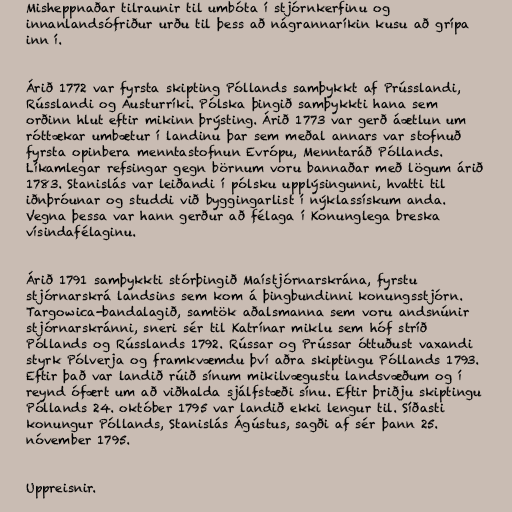
Misheppnaðar tilraunir til umbóta í stjórnkerfinu og
innanlandsófriður urðu til þess að nágrannaríkin kusu að grípa
inn í.

Árið 1772 var fyrsta skipting Póllands samþykkt af Prússlandi,
Rússlandi og Austurríki. Pólska þingið samþykkti hana sem
orðinn hlut eftir mikinn þrýsting. Árið 1773 var gerð áætlun um
róttækar umbætur í landinu þar sem meðal annars var stofnuð
fyrsta opinbera menntastofnun Evrópu, Menntaráð Póllands.
Líkamlegar refsingar gegn börnum voru bannaðar með lögum árið
1783. Stanislás var leiðandi í pólsku upplýsingunni, hvatti til
iðnþróunar og studdi við byggingarlist í nýklassískum anda.
Vegna þessa var hann gerður að félaga í Konunglega breska
vísindafélaginu.

Árið 1791 samþykkti stórþingið Maístjórnarskrána, fyrstu
stjórnarskrá landsins sem kom á þingbundinni konungsstjórn.
Targowica-bandalagið, samtök aðalsmanna sem voru andsnúnir
stjórnarskránni, sneri sér til Katrínar miklu sem hóf stríð
Póllands og Rússlands 1792. Rússar og Prússar óttuðust vaxandi
styrk Pólverja og framkvæmdu því aðra skiptingu Póllands 1793.
Eftir það var landið rúið sínum mikilvægustu landsvæðum og í
reynd ófært um að viðhalda sjálfstæði sínu. Eftir þriðju skiptingu
Póllands 24. október 1795 var landið ekki lengur til. Síðasti
konungur Póllands, Stanislás Ágústus, sagði af sér þann 25.
nóvember 1795.

Uppreisnir.